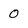
Character: 0